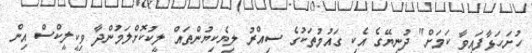
ހުށަހަޅާފައިވާ ކަމަށް" ދުނިޔޭގެ އެކި ގައުމުތަކުގެ ސިއްރު ލިޔެކިޔުންތައް ލީކުކޮށްލަމުންދާ ވިކީލީކްސް އިން